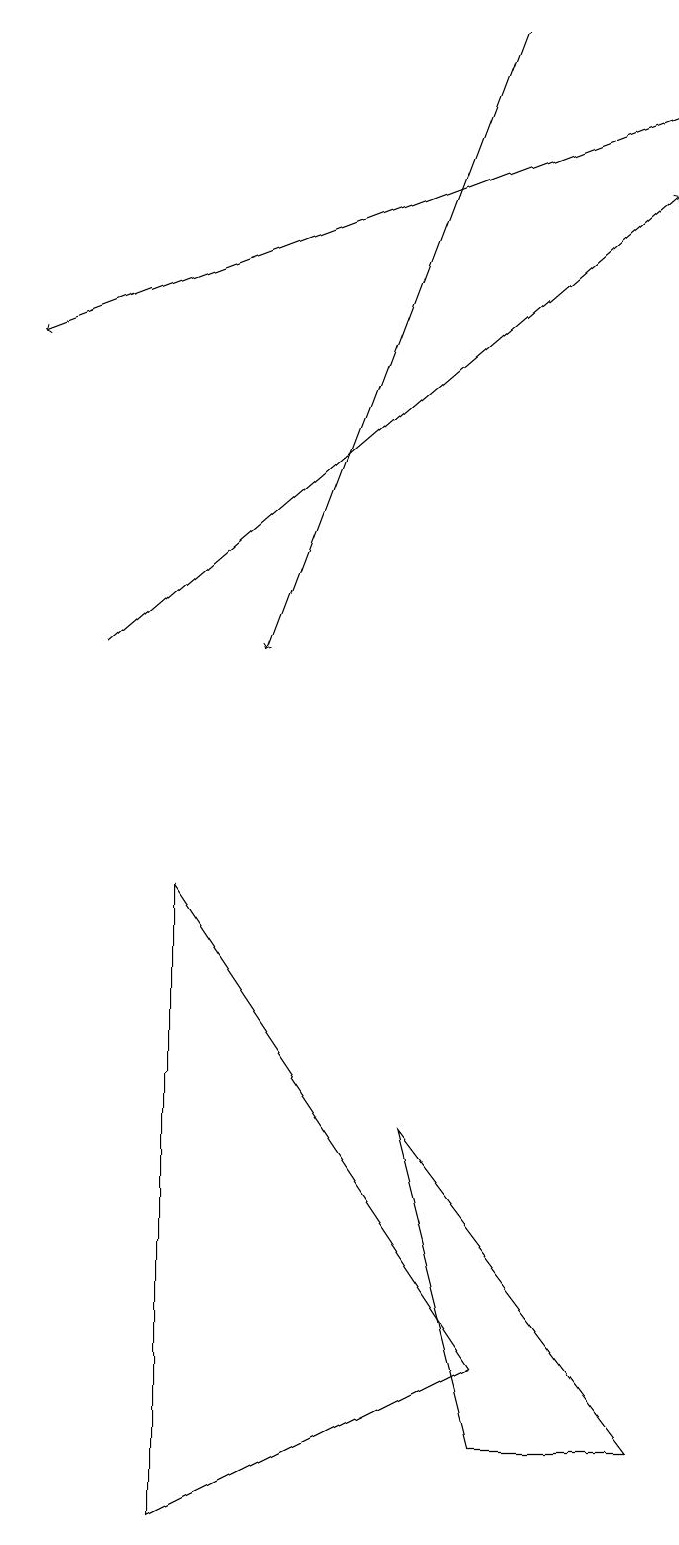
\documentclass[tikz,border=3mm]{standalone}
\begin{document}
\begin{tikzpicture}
\draw[->] (9,18) -- (1,15);
\draw (7,1) -- (6,5) -- (9,1) -- cycle;
\draw (7,2) -- (3,8) -- (3,0) -- cycle;
\draw[->] (7,19) -- (4,11);
\draw[->] (2,11) -- (9,17);
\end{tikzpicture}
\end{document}